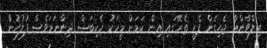
ރިލްވާންއާ ޖެހިގެން ފެރީ ތެރޭގައި އިން ކަމަށް މީހަކު ހެކިބަސް ދިންނަމަވެސް ފުލުހުން